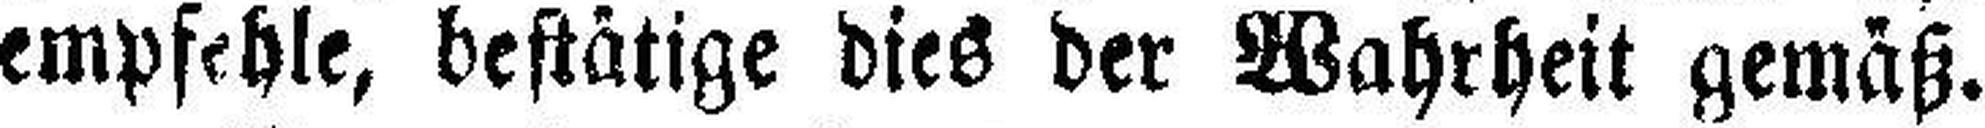
empfehle, bestätige dies der Wahrheit gemäß.